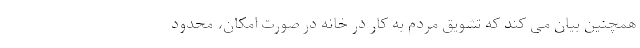
همچنین بیان می کند که تشویق مردم به کار در خانه در صورت امکان، محدود